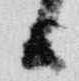
日